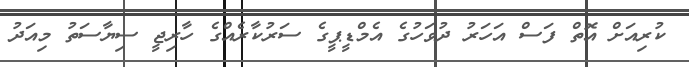
ކުރިއަށް އޮތް ފަސް އަހަރު ދުވަހުގެ އެމްޑީޕީގެ ސަރުކާރެއްގެ ހާރިޖީ ސިޔާސަތު މިއަދު